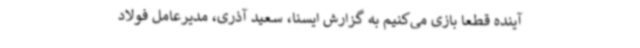
آینده قطعا بازی می‌کنیم به گزارش ایسنا، سعید آذری، مدیرعامل فولاد